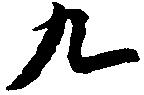
九